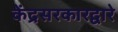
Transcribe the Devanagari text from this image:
केंद्रसरकारद्वारे